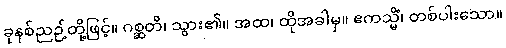
ခုနစ်ညဉ့်တို့ဖြင့်။ ဂစ္ဆတိ၊ သွား၏။ အထ၊ ထိုအခါမှ။ ဧကသ္မိံ၊ တစ်ပါးသော။